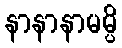
နာနာနာမမ္ပိ